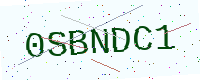
Text: 0SBNDC1